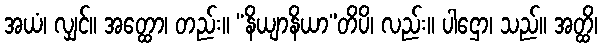
အယံ၊ လျှင်။ အတ္ထော၊ တည်း။ “နိယျာနိယာ”တိပိ၊ လည်း။ ပါဌော၊ သည်။ အတ္ထိ၊